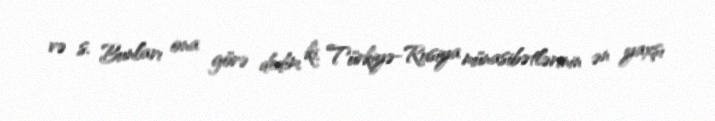
və s. Bunları ona görə dedim ki, Türkiyə-Rusiya münasibətlərinin ən yaxşı